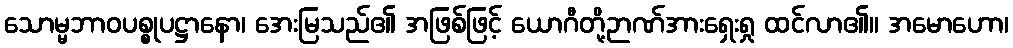
သောမ္မဘာဝပစ္စုပဋ္ဌာနော၊ အေးမြသည်၏ အဖြစ်ဖြင့် ယောဂီတို့ဉာဏ်အားရှေးရှု ထင်လာ၏။ အမောဟော၊